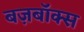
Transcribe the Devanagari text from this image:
बज़बॉक्स